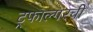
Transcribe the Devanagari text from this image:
ट्रफाल्गरची